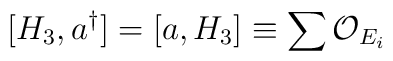
[H_3, a^\dagger] = [a, H_3] \equiv \sum {\cal O}_{E_i}